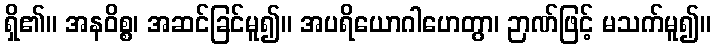
ရှိ၏။ အနဝိစ္စ၊ အဆင်ခြင်မူ၍။ အပရိယောဂါဟေတွာ၊ ဉာဏ်ဖြင့် မသက်မူ၍။